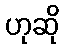
ဟုဆို